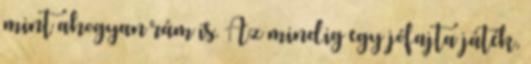
mint ahogyan rám is. Az mindig egy jófajta játék,